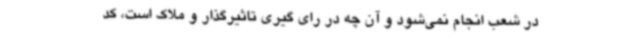
در شعب انجام نمی‌شود و آن چه در رای گیری تاثیرگذار و ملاک است، کد